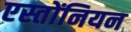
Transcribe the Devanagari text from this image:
एस्तोंनियन